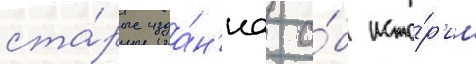
ста́рые изда́н'иа о́б исто́р'ии